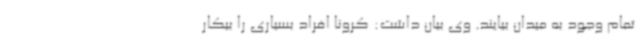
تمام وجود به میدان بیایند. وی بیان داشت: کرونا افراد بسیاری را بیکار